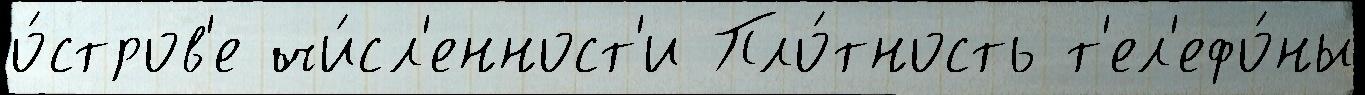
о́стров'е чи́сл'енност'и Пло́тность т'ел'ефо́ны